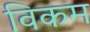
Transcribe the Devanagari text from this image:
विकम